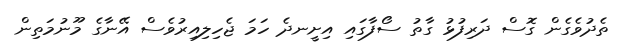
ތެދުވެގެން ގޮސް ދަރިފުޅު ގާތު ސޯފާގައި އިށީނދެ ހަމަ ޖެހިލިއިރުވެސް އޭނާގެ މޫނުމަތިން